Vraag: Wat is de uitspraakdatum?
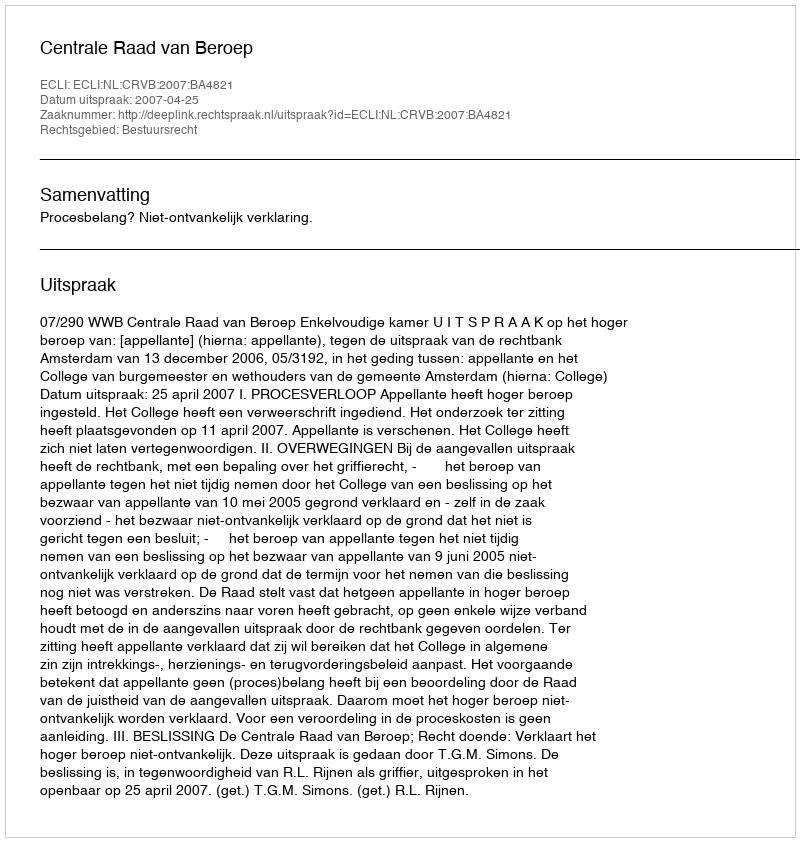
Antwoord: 2007-04-25